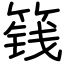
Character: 篯